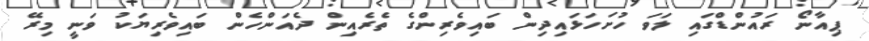
ޕިއާނޯ ރައުންޑްގައި ލަވަ ހުށަހަޅައިދިން ބައިވެރިންގެ ތެރެއިން ދެއަންހެން ބައިވެރިޔަކު ވަނީ މިރޭ